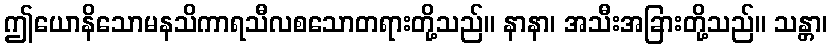
ဤယောနိသောမနသိကာရသီလစသောတရားတို့သည်။ နာနာ၊ အသီးအခြားတို့သည်။ သန္တာ၊